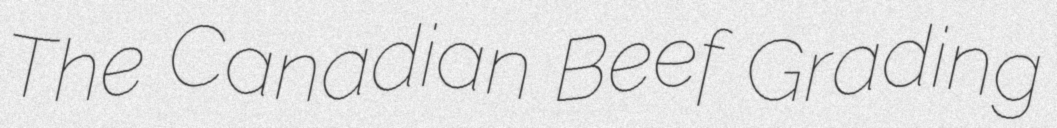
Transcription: The Canadian Beef Grading